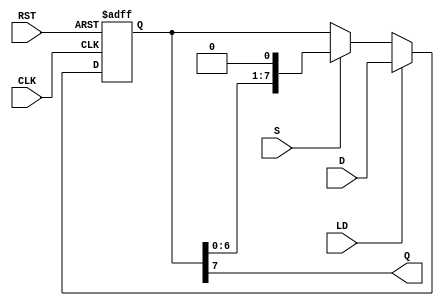
module PISO_Register #(
    parameter WIDTH = 8 // Define the width of the register
)(
    input wire [WIDTH-1:0] D, // Parallel input data
    input wire LD,             // Load control signal
    input wire S,              // Shift control signal
    input wire CLK,            // Clock signal
    input wire RST,            // Reset signal
    output wire Q              // Serial output
);

reg [WIDTH-1:0] shift_reg; // Shift register to hold the data

// On the rising edge of the clock
always @(posedge CLK or posedge RST) begin
    if (RST) begin
        shift_reg <= {WIDTH{1'b0}}; // Reset the register to 0
    end else begin
        if (LD) begin
            shift_reg <= D; // Load data into the register
        end else if (S) begin
            shift_reg <= {shift_reg[WIDTH-2:0], 1'b0}; // Shift left
        end
    end
end

assign Q = shift_reg[WIDTH-1]; // Output the MSB

endmodule